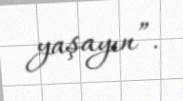
yaşayın”.